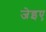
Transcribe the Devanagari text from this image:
जेइए